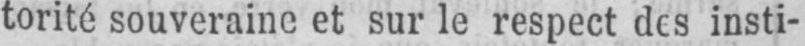
torité souveraine et sur le respect des insti-